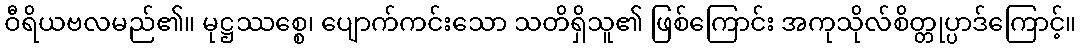
ဝီရိယဗလမည်၏။ မုဋ္ဌဿစ္စေ၊ ပျောက်ကင်းသော သတိရှိသူ၏ ဖြစ်ကြောင်း အကုသိုလ်စိတ္တုပ္ပာဒ်ကြောင့်။